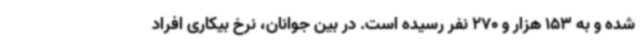
شده و به 153 هزار و 270 نفر رسیده است. در بین جوانان، نرخ بیکاری افراد